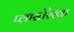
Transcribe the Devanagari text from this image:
प्लास्तेरेस्क